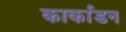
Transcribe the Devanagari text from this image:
कार्काडन